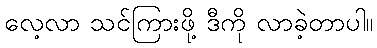
လေ့လာ သင်ကြားဖို့ ဒီကို လာခဲ့တာပါ။